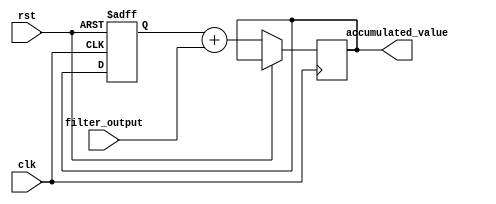
module accumulator (
    input wire clk,
    input wire rst,
    input wire filter_output,
    output reg [31:0] accumulated_value
);

// Registers
reg [31:0] prev_accumulated_value;

// Initializer
always @(posedge clk or posedge rst) begin
    if (rst)
        prev_accumulated_value <= 0;
    else
        prev_accumulated_value <= accumulated_value;
end

// Adder
always @(posedge clk) begin
    if (!rst)
        accumulated_value <= prev_accumulated_value + filter_output;
end

endmodule